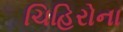
ચિહિરોના